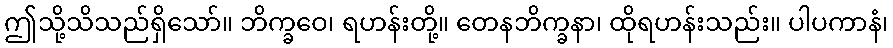
ဤသို့သိသည်ရှိသော်။ ဘိက္ခဝေ၊ ရဟန်းတို့။ တေနဘိက္ခနာ၊ ထိုရဟန်းသည်း။ ပါပကာနံ၊